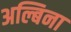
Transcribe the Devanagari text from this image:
अल्बिना